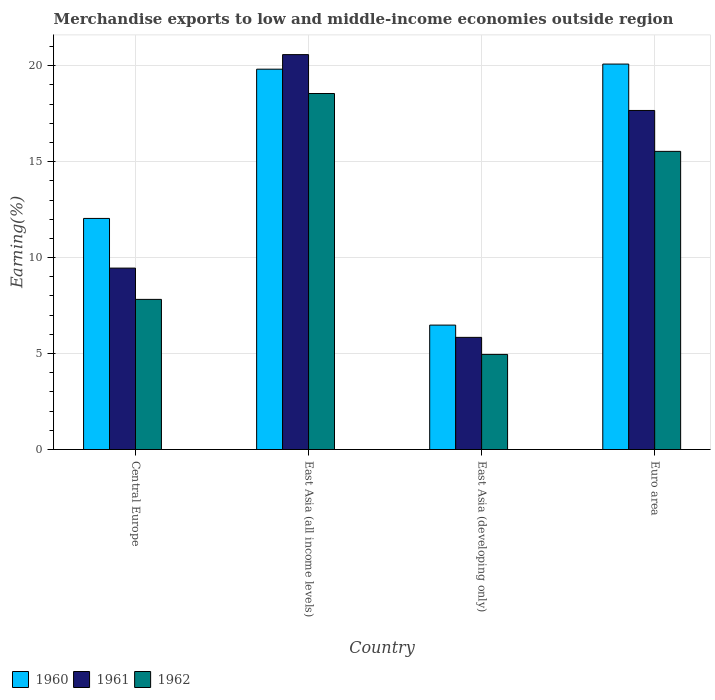
| Country | 1960 | 1961 | 1962 |
 | --- | --- | --- | --- |
 | Central Europe | 12 | 9.45 | 7.82 |
 | East Asia (all income levels) | 19.8 | 20.6 | 18.6 |
 | East Asia (developing only) | 6.48 | 5.84 | 4.96 |
 | Euro area | 20.1 | 17.7 | 15.5 |